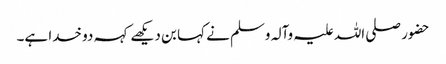
حضور صلی اللہ علیہ وآلہ وسلم نے کہا بن دیکھے کہہ دو خدا ہے۔